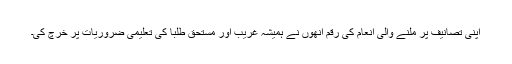
اپنی تصانیف پر ملنے والی انعام کی رقم انھوں نے ہمیشہ غریب اور مستحق طلبا کی تعلیمی ضروریات پر خرچ کی۔